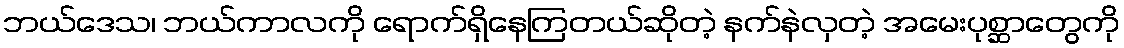
ဘယ်ဒေသ၊ ဘယ်ကာလကို ရောက်ရှိနေကြတယ်ဆိုတဲ့ နက်နဲလှတဲ့ အမေးပုစ္ဆာတွေကို